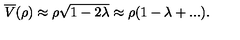
\overline { { V } } ( \rho ) \approx \rho \sqrt { 1 - 2 \lambda } \approx \rho ( 1 - \lambda + . . . ) .